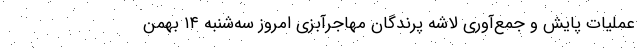
عملیات پایش و جمع‌آوری لاشه پرندگان مهاجرآبزی امروز سه‌شنبه ۱۴ بهمن